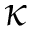
\kappa